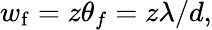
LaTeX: w_{\mathrm{f}}=z\theta_{f}=z\lambda/d,